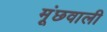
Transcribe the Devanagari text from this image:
मूंछवाली